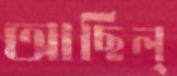
আছিল্